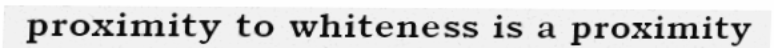
proximity to whiteness is a proximity